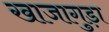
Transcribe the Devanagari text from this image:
खाजागुड़ा